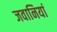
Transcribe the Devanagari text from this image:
जवानियां